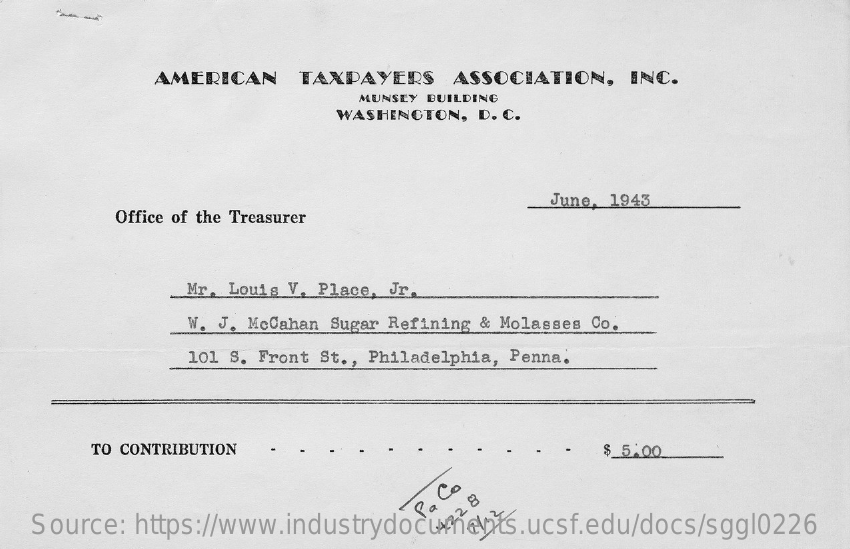
AMERICAN   TAXPAYERS  ASSOCIATION, INC.
     MUNSEY BUILDING
     WASHINGTON, D. C.
     Office of the Treasurer
     June, 1943
     Mr. Louis V. Place. Jr.
     W. J. McCahan Sugar Refining & Molasses Co.
     101 S. Front St ., Philadelphia, Penna.
     TO CONTRIBUTION    $_5.00
   Source: https://www.industrydocuments.ucsf.edu/docs/sggl0226
     Pa
     Co
     422
     8
     7/12